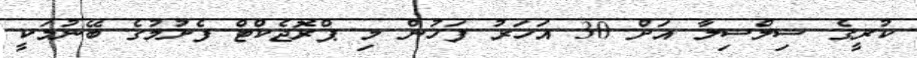
ކުރީގެ ސިލްސިލާ އަށް 30 އަހަރު ފަހުން މި ޕްރޮޖެކްޓް ފެށުމުގެ ބޭނުމަކީ